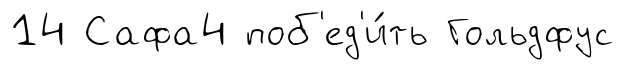
14 Сафа4 поб'ед'и́ть Гольдфус